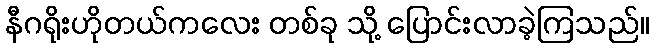
နီဂရိုးဟိုတယ်ကလေး တစ်ခု သို့ ပြောင်းလာခဲ့ကြသည်။